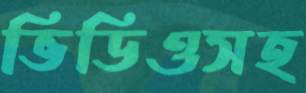
ভিডিওসহ